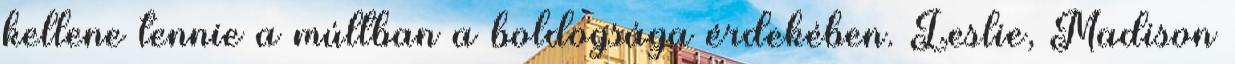
kellene tennie a múltban a boldogsága érdekében. Leslie, Madison